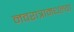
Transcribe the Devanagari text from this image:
नवरात्रामधल्या